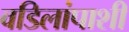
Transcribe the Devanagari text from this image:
वडिलांपाशी